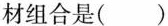
材组合是()